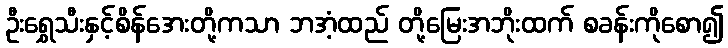
ဦးရွှေသီးနှင့်စိန်အေးတို့ကသာ ဘအံ့ထည် တို့မြေးအဘိုးထက် စခန်းကိုစော၍